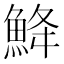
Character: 𩷄